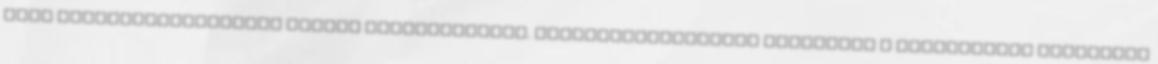
vagy termékszavatossági igényt érvényesíthet. Termékszavatossági igényként a Felhasználó kizárólag